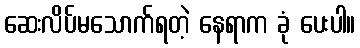
ဆေးလိပ်မသောက်ရတဲ့ နေရာက ခုံ ပေးပါ။